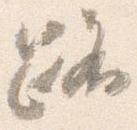
路